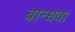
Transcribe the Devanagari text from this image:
बान्धवा